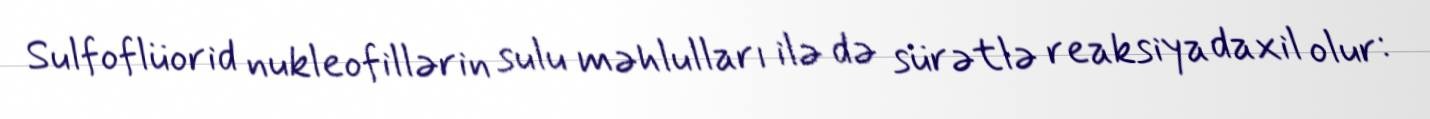
Sulfoflüorid nukleofillərin sulu məhlulları ilə də sürətlə reaksiya daxil olur: